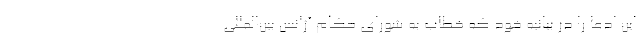
این ادعا را در بیانیه‌ خود که خطاب به شورای حکام آژانس بین‌المللی